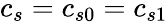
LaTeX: c_{s}=c_{s0}=c_{s1}